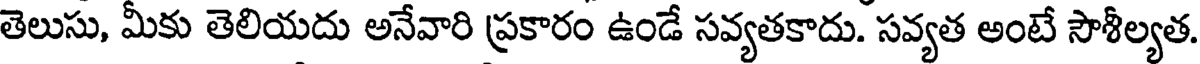
తెలుసు, మీకు తెలియదు అనేవారి ప్రకారం ఉండే సవ్యతకాదు. సవ్యత అంటే సౌశీల్యత